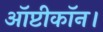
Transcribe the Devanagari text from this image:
ऑप्टीकॉन।